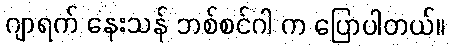
ဂျာရက် နေးသန် ဘစ်စင်ဂါ က ပြောပါတယ်။